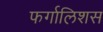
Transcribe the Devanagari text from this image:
फर्गालिशस